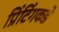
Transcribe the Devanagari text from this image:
प्रिंटिंगकडे